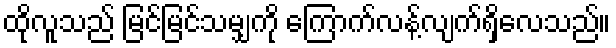
ထိုလူသည် မြင်မြင်သမျှကို ကြောက်လန့်လျက်ရှိလေသည်။